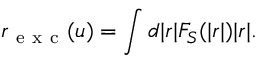
r _ { \mathrm { ~ e ~ x ~ c ~ } } ( \boldsymbol { u } ) = \int d | \boldsymbol { r } | F _ { S } ( | \boldsymbol { r } | ) | \boldsymbol { r } | .